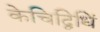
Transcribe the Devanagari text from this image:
केचिद्विधिं